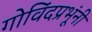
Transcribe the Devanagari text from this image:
गोविंदप्रभूंनी